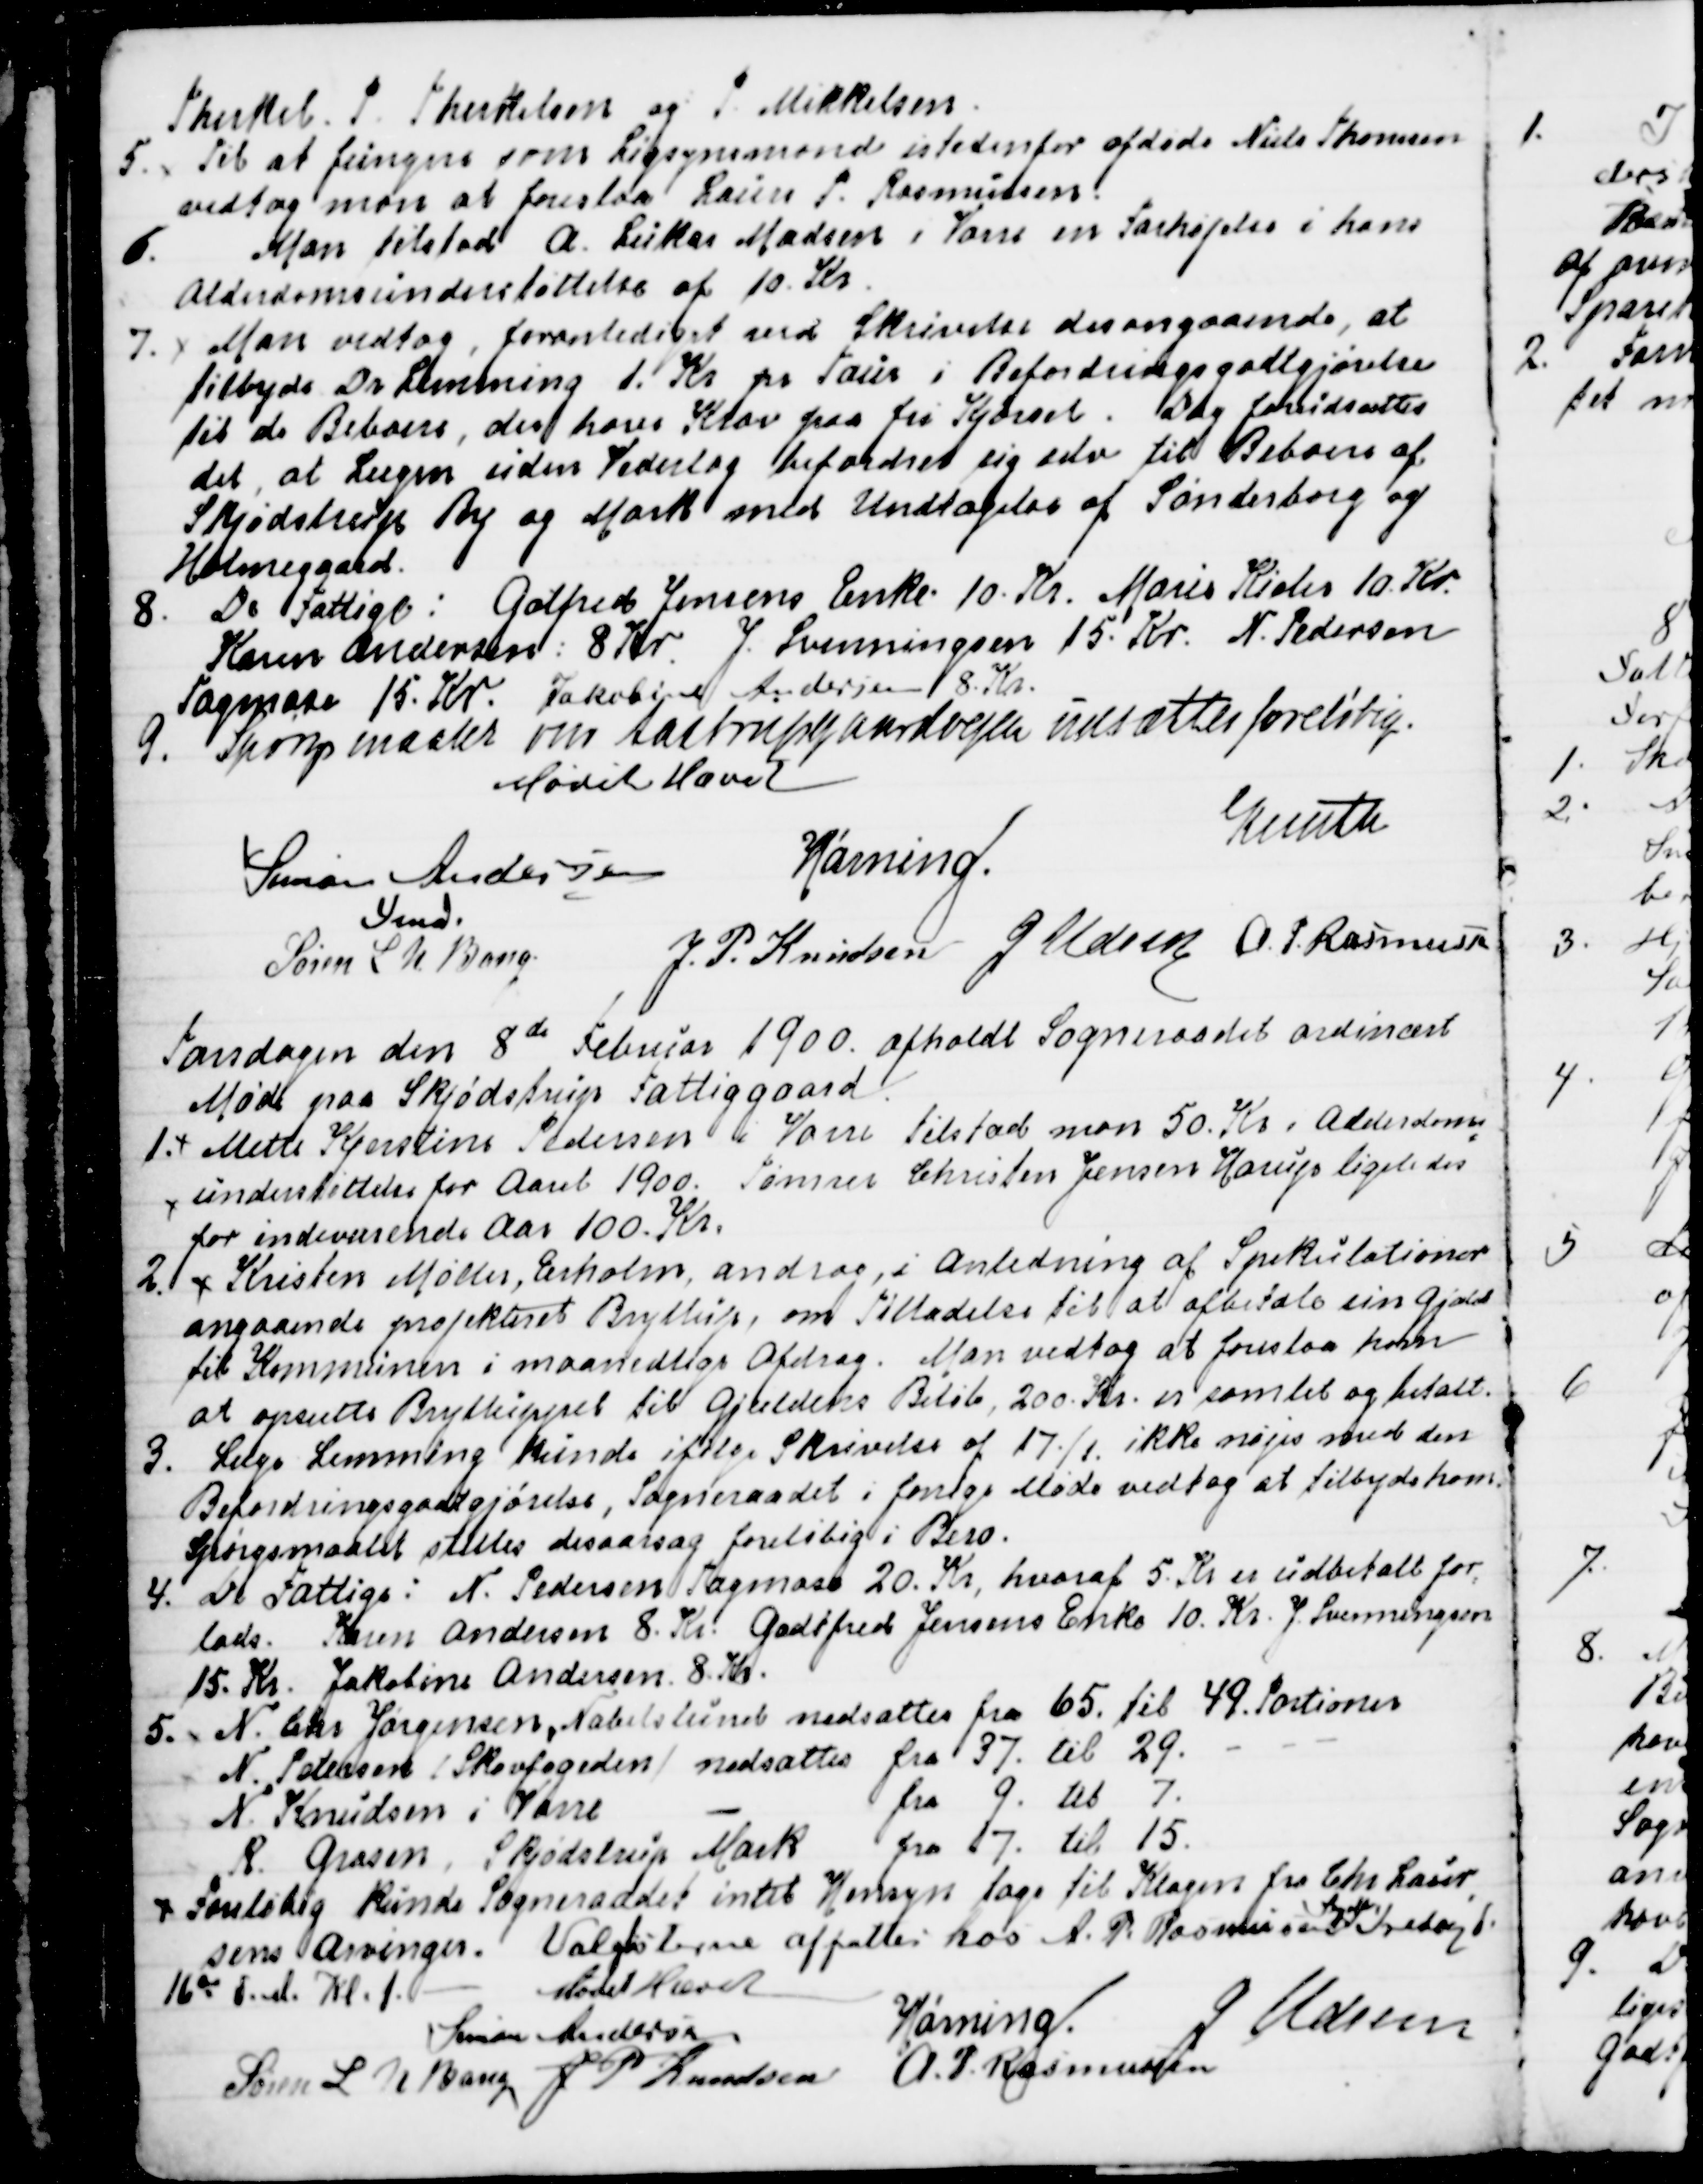
Transskription:
Therkel. P. Therkelsen og P. Mikkelsen.
5. Til at fungere som Ligsynsmand istedenfor afdøde Niels Thomsen
vedtog man at foreslaa Laurs P. Rasmussen
6.
Man tilstod A. Lukas Madsen i Vorre en Forhøjelse i hans
Alderdomsunderstøttelse af 10. Kr.
7.  Man vedtog, foranlediget ved Skrivelse desangaaende, at
tilbyde Dr. Lemming 1. Kr pr Tour i Befordringsgodtgjørelse
til de Beboere, der have Krav paa fri Kjørsel. Dog forudsættes
det, at Lægen uden Vederlag befordrer sig selv til Beboere af
Skjødstrup By og Mark med undtagelse af Sønderborg og 
Holmegaard.
8. De Fattige: Gotfred Jensens Enke 10. Kr. Marie Kieler 10. Kr.
Karen Andersen: 8 Kr. J. Svenningsen 15. Kr. N. Pedersen
Tagmose 15. Kr. Jakobine Andersen 8. Kr.
9. Spørgsmaalet om Aastrupgaardvejen udsættes foreløbig
Mødet Hævet
Simon Andersen
Fmd.
Hørning.
Knuth
Søren L. N. Bang.
J. P. Knudsen
J Udsen
A. P. Rasmussen

Torsdagen den 8de Februar 1900 afholdt Sogneraadet ordinært
Møde paa Skjødstrup Fattiggaard
1. Mette Kjerstine Pedersen i Vorre tilstod man 50. Kr i Alderdoms
=
understøttelse for Aaret 1900. Tømrer Christen Jensen Horup ligeledes
for indeværende Aar 100. Kr.
2. Kristen Møller, Erholm, androg, i Anledning af Spekulationer
angaaende projekteret Bryllup, om Tilladelse til at afbetale en Gjæld
til Kommunen i maanedlige Afdrag. Man vedtog at foreslaa ham
at opsætte Brylluppet til Gjældens Beløb, 200 Kr. er samlet og betalt.
3. Læge Lemming kunde ifølge Skrivelse af 17./1. ikke nøjes med den
Befordringsgodtgjørelse, Sogneraadet i forrige Møde vedtog at tilbyde ham.
Spørgsmaalet stilles desaarsag foreløbig i Bero.
4. De Fattige: N. Pedersen Tagmose 20. Kr, hvoraf 5. Kr er udbetalt for
=
lods. Karen Andersen 8. Kr. Godtfred Jensens Enke 10. Kr. J Svenningsen
15. Kr. Jakobine Andersen 8. Kr. 
5. N. Chr. Jørgensen, Nabelslund nedsattes fra 65. til 49. Portioner
N. Petersen / Skovfogeden / nedsattes fra 37. til 29.       
N. Knudsen i Vorre
fra 9. til 7.
R. Grosen, Skjødstrup Mark fra 17. til 15.
Foreløbig kunde Sogneraadet intet Hensyn tage til Klagen fra Chr. Laur
=
sens Arvinger. Valglisterne affattes hos A.P. Rasmussen
Segalt
Fredag d.
16de d.M. Kl. 1.
Mødet Hævet
Simon Andersen
Hørning.
J Udsen
Søren L N Bang
J P Knudsen
A. P. Rasmussen